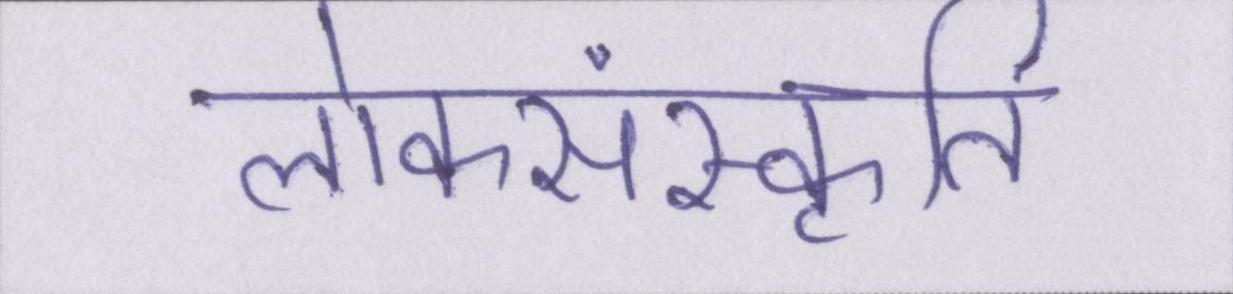
लोकसंस्कृति